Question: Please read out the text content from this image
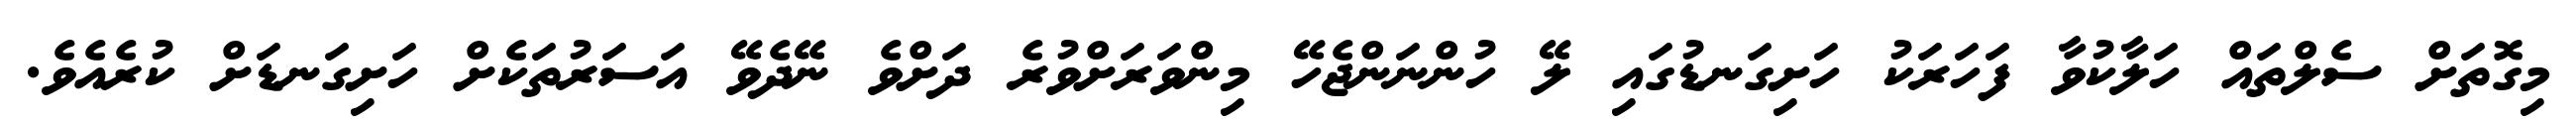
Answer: މިގޮތަށް ސެލްތައް ހަލާކުވާ ފަހަރަކު ހަށިގަނޑުގައި ލޭ ހުންނަންޖެހޭ މިންވަރަށްވުރެ ދަށްވެ ނޭދެވޭ އަސަރުތަކެށް ހަށިގަނޑަށް ކުރެއެވެ.